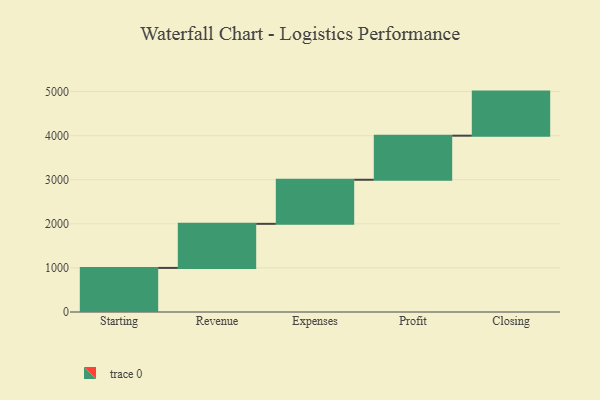
{"axis": {"x": "Step", "y": "Value"}, "legend": [""], "data": [{"x": "Starting", "y": 1000, "type": ""}, {"x": "Revenue", "y": 1000, "type": ""}, {"x": "Expenses", "y": 1000, "type": ""}, {"x": "Profit", "y": 1000, "type": ""}, {"x": "Closing", "y": 1000, "type": ""}]}